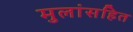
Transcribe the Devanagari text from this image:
मुलांसहित